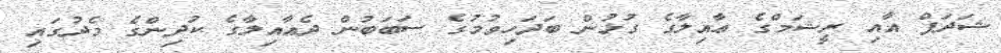
ޝަދަފް އާއި ރީޝަމްގެ ޢާއިލާގެ ގުޅުން ބަދަހިވުމުގެ ސަބަބުން ދެޢާއިލާގެ ކުދިންގެ މެދުގައި